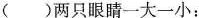
()两只眼睛一大一小：